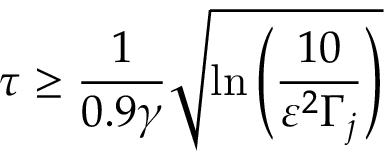
\tau \geq \frac { 1 } { 0 . 9 \gamma } \sqrt { \ln \left( \frac { 1 0 } { \varepsilon ^ { 2 } \Gamma _ { j } } \right) }